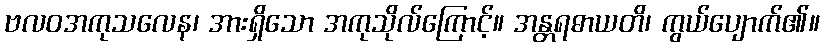
ဗလဝအကုသလေန၊ အားရှိသော အကုသိုလ်ကြောင့်။ အန္တရဓာယတိ၊ ကွယ်ပျောက်၏။